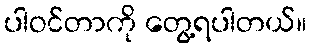
ပါဝင်တာကို တွေ့ရပါတယ်။